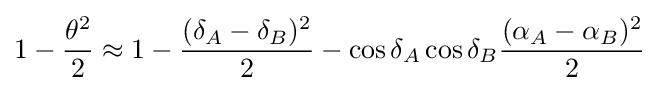
1-{\frac {\theta ^{2}}{2}}\approx 1-{\frac {(\delta _{A}-\delta _{B})^{2}}{2}}-\cos \delta _{A}\cos \delta _{B}{\frac {(\alpha _{A}-\alpha _{B})^{2}}{2}}